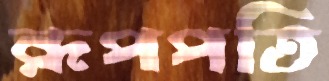
রূপপতি